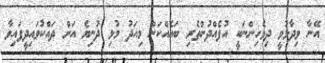
އޭނާ ވިދާޅުވީ ދިވެހިންނަކީ އުފެއްދުންތެރި ބައެއްކަން މިއަދު މުޅި ދުނިޔެ އަށް ދައްކުވައިދީފައިވާ